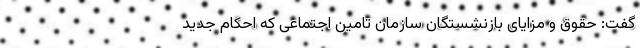
گفت: حقوق و مزایای بازنشستگان سازمان تامین اجتماعی که احکام جدید